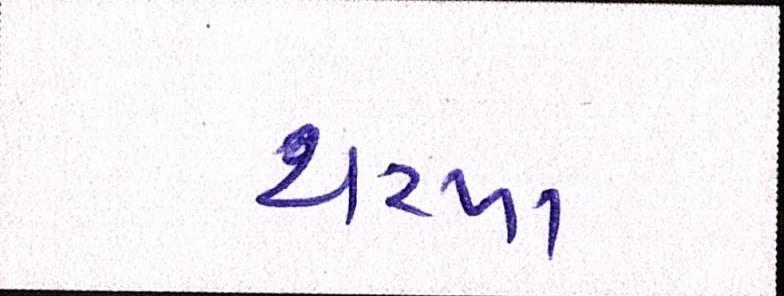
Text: ચરખા